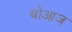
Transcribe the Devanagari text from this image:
बोआज